Report on vaccination in Madras 1904-1921 - 1904-1921
Year: 1904
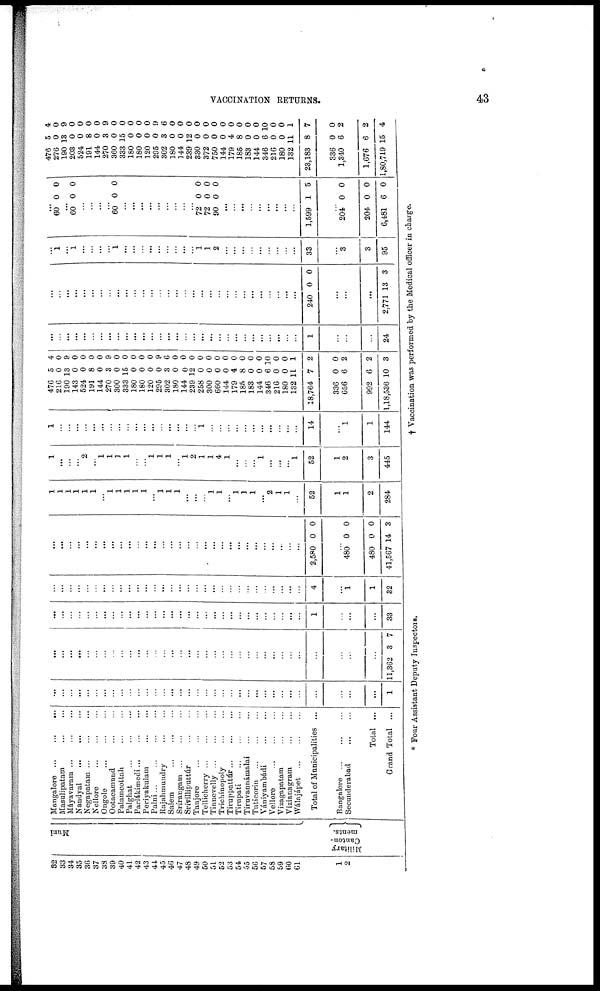
VACCINATION RETURNS.
43
32
33
34
35
30
37
38
39
40
41
42
43
44
45
46
47
48
49
50
51
52
53
54
55
56
57
58
59
60
61
1
2
Muni
Military
Canton-
ments.
Mangalore ...
...
...
Masulipatam
...
...
Máyavaram ... ... ...
Nandyal
...
...
...
Negapatam ...
...
...
Nellore
... ... ...
Ongole ... ... ...
Ootacamund
...
...
Palamcottah
...
...
Palghat ... ... ...
Parlákimedi ... ... ...
Periyakulam ... ...
Palni
...
...
...
...
Rajahmundry ... ...
Salem ... ... ...
Srírangam ... ... ...
Srívilliputtúr
...
...
Tanjore ... ... ...
Tellicherry ... ... ...
Tinnevelly ... ... ...
Trichinopoly ... ... ...
Tiruppattúr...
...
...
Tirupati ... ... ...
Tiruvannámalai ... ...
Tuticorin ... ... ...
Vániyambádi ... ...
Vellore
... ... ...
Vizagapatam ... ...
Vizianagram ... ...
Wálajápet
...
...
...
Total of Municipalities ...
Bangalore ... ... ...
Secunderabad
...
...
Total ...
Grand Total ...
...
...
...
...
...
...
...
...
...
...
...
...
...
...
...
...
...
...
...
...
...
...
...
...
...
...
...
...
...
...
...
...
...
...
1
...
...
...
...
...
...
...
...
...
...
...
...
...
...
...
...
...
...
...
...
...
...
...
...
...
...
...
...
...
...
...
...
...
...
11,362 3 7
...
...
...
...
...
...
...
...
...
...
...
...
...
...
...
...
...
...
...
...
...
...
...
...
...
...
...
...
...
...
1
...
...
...
33
...
...
...
...
...
...
...
...
...
...
...
...
...
...
...
...
...
...
...
...
...
...
...
...
...
...
...
...
...
...
4
...
1
1
32
...
...
...
...
...
...
...
...
...
...
...
...
...
...
...
...
...
...
...
...
...
...
...
...
...
...
...
...
...
...
2,580 0 0
...
480
480
41,567
0
0
14
0
0
3
1
1
1
1
1
1
...
1
1
1
1
1
...
1
1
1
...
...
...
1
1
...
1
1
1
...
2
1
1
...
52
1
1
2
284
1
...
...
...
2
...
1
1
1
1
...
...
1
1
1
...
1
2
1
1
4
1
...
...
...
1
...
...
...
1
52
1
2
3
445
1
...
...
...
...
...
...
...
...
...
...
...
...
...
...
...
...
...
1
...
...
...
...
...
...
...
...
...
...
...
14
...
1
1
144
476
216
190
143
524
191
144
270
300
333
180
180
120
295
302
180
144
239
258
300
660
144
179
185
183
144
346
216
180
132
18,764
336
656
992
1,18,536
5
0
13
0
0
8
0
3
0
15
0
0
0
0
3
0
0
12
0
0
0
0
4
8
0
0
6
0
0
11
7
0
6
6
10
4
0
9
0
0
0
0
9
0
0
0
0
0
9
6
0
0
0
0
0
0
0
0
0
0
0
10
0
0
1
2
0
2
2
3
...
...
...
...
...
...
...
...
...
...
...
...
...
...
...
...
...
...
...
...
...
...
...
...
...
...
...
...
...
...
1
...
...
...
24
...
...
...
...
...
...
...
...
...
...
...
...
...
...
...
...
...
...
...
...
...
...
...
...
...
...
...
...
...
...
240 0 0
...
...
...
2,771 13 3
...
1
...
1
...
...
...
...
1
...
...
...
...
...
...
...
...
...
1
1
2
...
...
...
...
...
...
...
...
...
33
...
3
3
95
...
60 0 0
...
60 0 0
...
...
...
...
60 0 0
...
...
...
...
...
...
...
...
...
72
72
90
0
0
0
0
0
0
...
...
...
...
...
...
...
...
...
1,599 1 5
...
204
204
6,481
0
0
6
0
0
0
476
276
190
203
524
191
144
270
360
333
180
180
120
295
302
180
144
239
330
372
750
144
179
185
183
144
346
216
180
132
23,183
336
1,340
1,676
1,80,719
5
0
13
0
0
8
0
3
0
15
0
0
0
0
3
0
0
12
0
0
0
0
4
8
0
0
6
0
0
11
8
0
6
6
15
4
0
9
0
0
0
0
9
0
0
0
0
0
9
6
0
0
0
0
0
0
0
0
0
0
0
10
0
0
1
7
0
2
2
4
* Four Assistant Deputy Inspectors.
† Vaccination was performed by the Medical officer in charge.